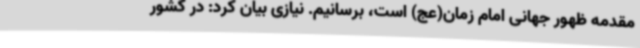
مقدمه ظهور جهانی امام زمان(عج) است، برسانیم. نیازی بیان کرد: در کشور